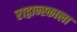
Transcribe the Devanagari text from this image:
राद्वान्स्काला